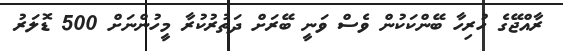
ރާއްޖޭގެ ހުރިހާ ބޭންކަކުން ވެސް ވަނީ ބޭރަށް ދަތުރުކުރާ މީހުންނަށް 500 ޑޮލަރު